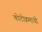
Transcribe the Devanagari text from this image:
कोटीक्रमाची